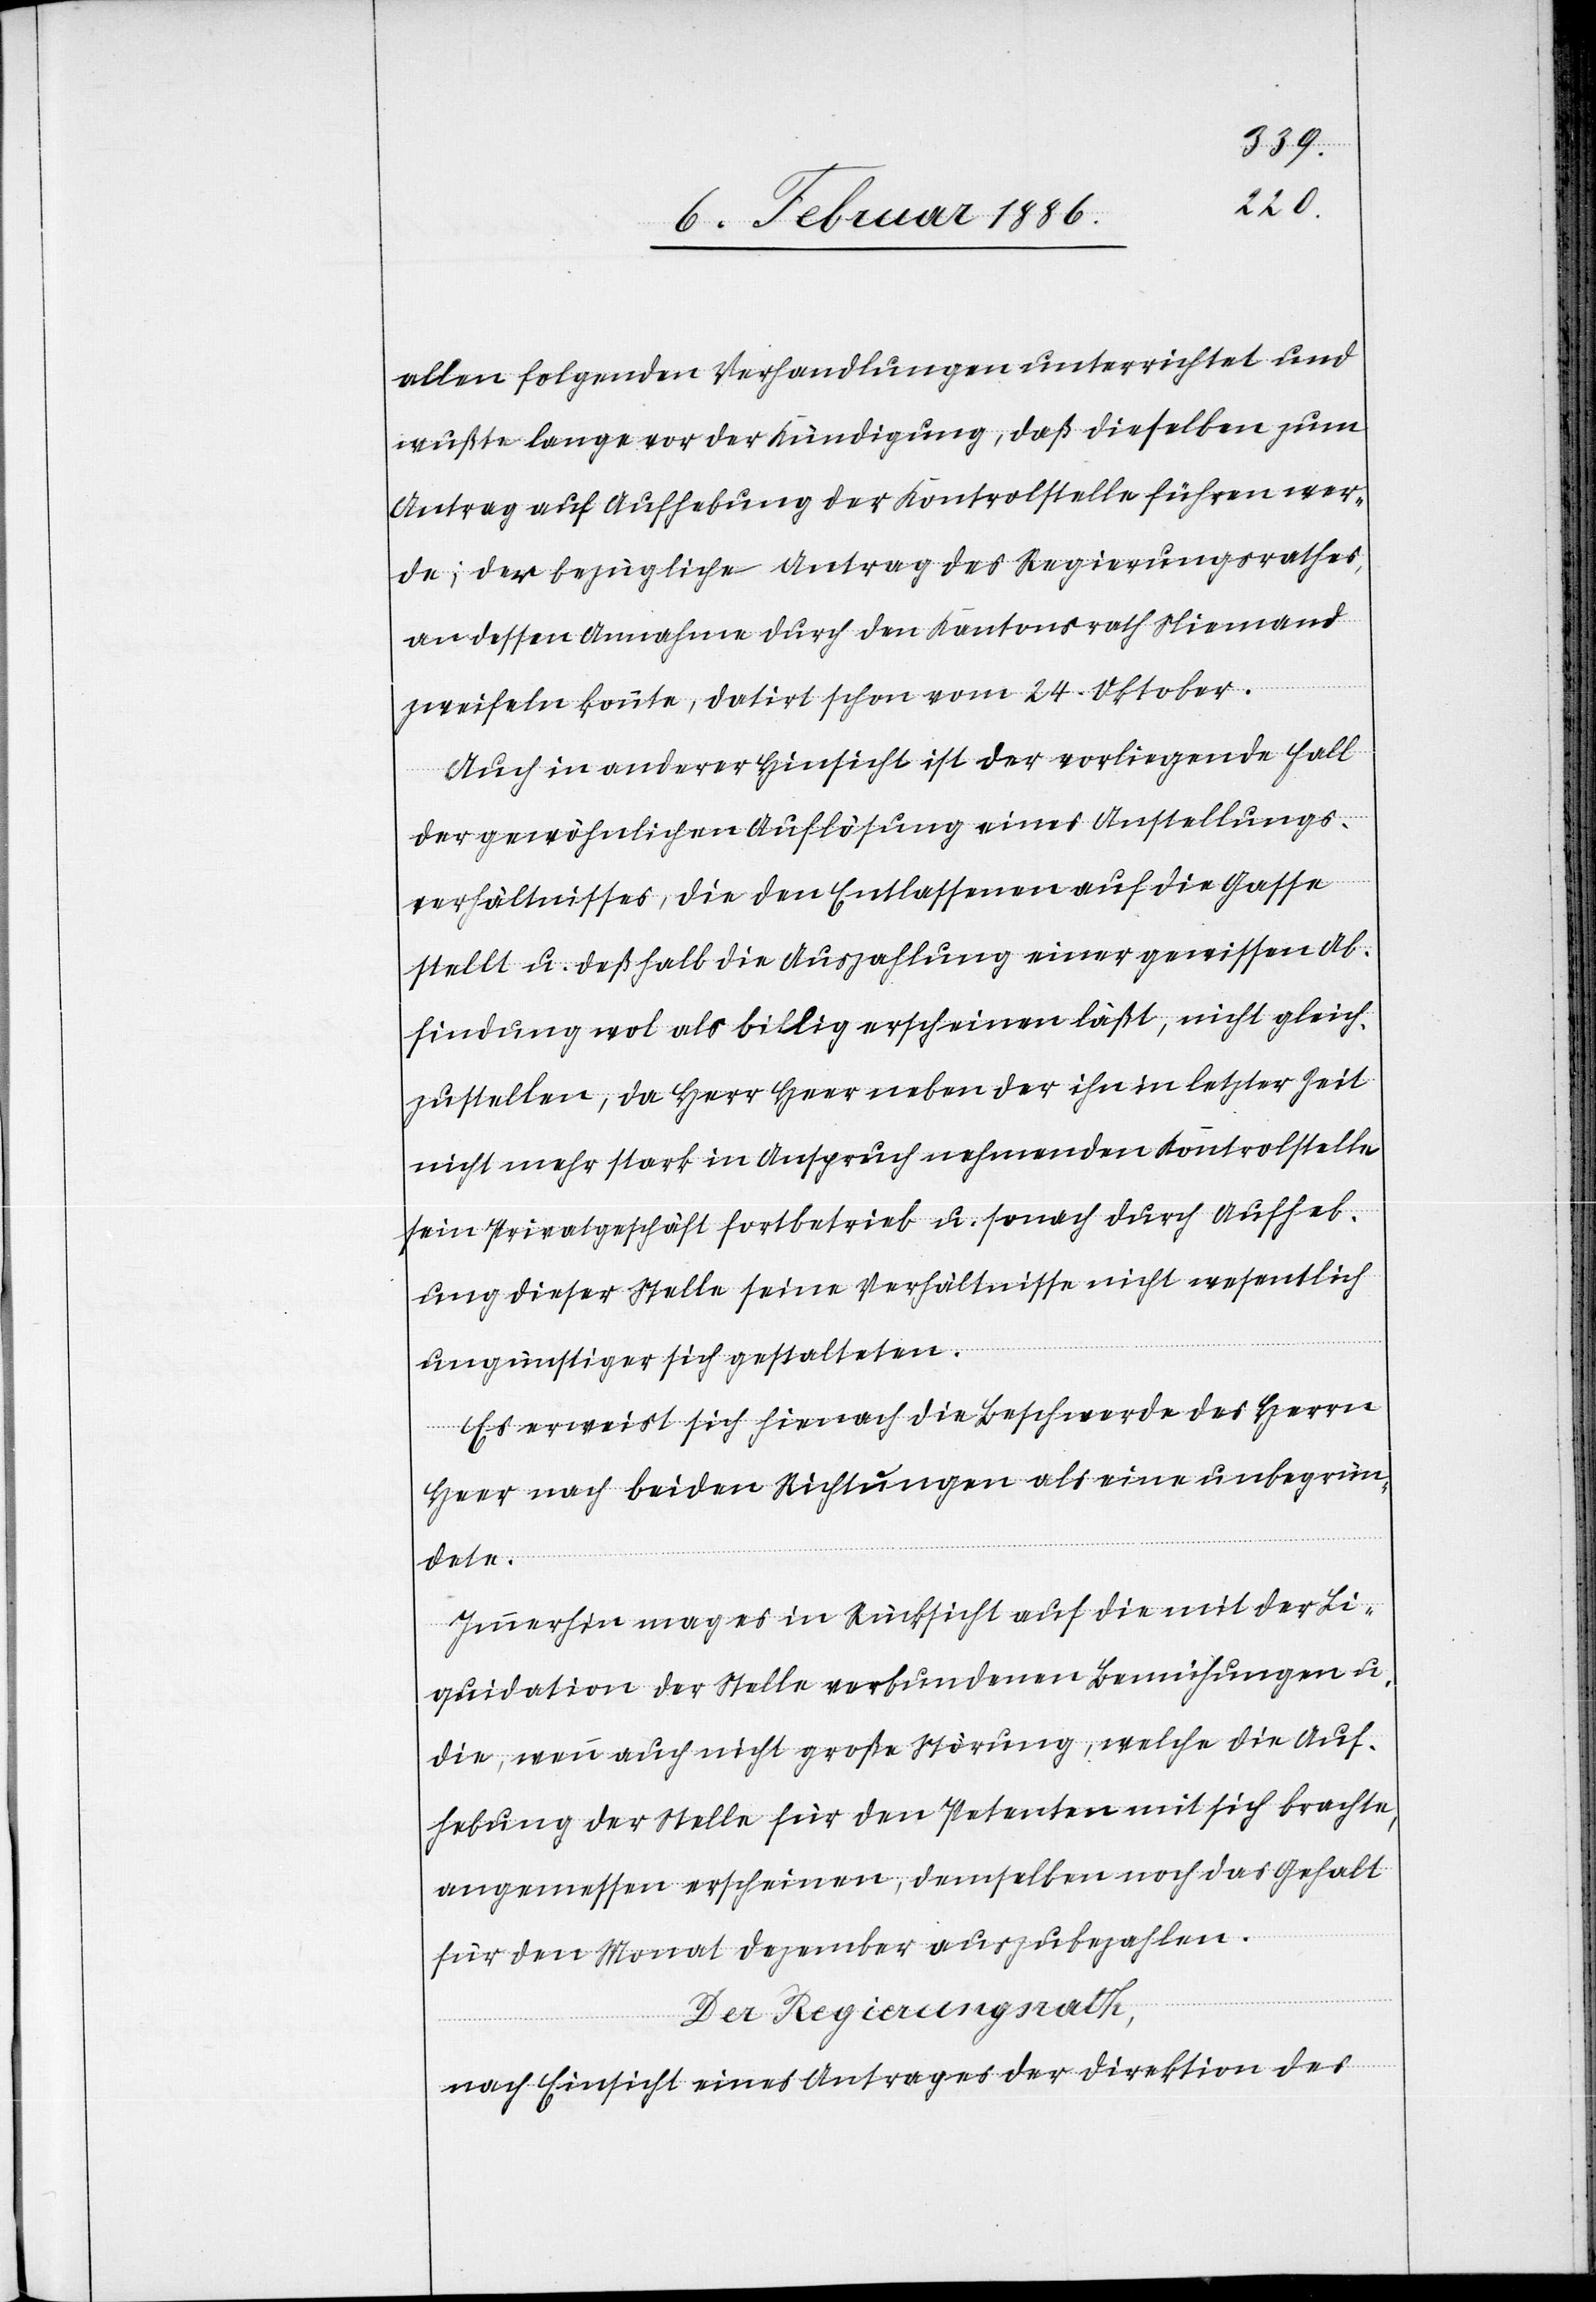
allen folgenden Verhandlungen unterrichtet und
wußte lange vor der Kündigung, daß dieselbe zum
Antrag auf Aufhebung der Kontrolstelle führen wer¬
de; der bezügliche Antrag des Regierungsrathes,
an dessen Annahme durch den Kantonsrath Niemand
zweifeln konnte, datirt schon vom 24. Oktober.
Auch in anderer Hinsicht ist der vorliegende Fall
der gewöhnlichen Auflösung eines Anstellungs¬
verhältnisses, die den Entlassenen auf die Gasse
stellt u. deßhalb die Auszahlung einer gewissen Ab¬
findung wol als billig erscheinen läßt, nicht gleich¬
zustellen, da Heer neben der ihn in letzter Zeit
nicht mehr stark in Anspruch nehmenden Kontrollstelle
sein Privatgeschäft fortbetrieb u. sonach durch Aufheb¬
ung dieser Stelle seine Verhältnisse nicht wesentlich
ungünstiger sich gestalteten.
Es erweist sich hienach die Beschwerde des Herrn
Heer nach beiden Richtungen als eine unbegrün¬
dete.
Immerhin mag es in Rücksicht auf die mit der Li¬
quidation der Stelle verbundenen Bemühungen u.
die, wenn auch nicht große Störung, welche die Auf¬
hebung der Stelle für den Petenten mit sich brachte,
angemessen erscheinen, demselben noch das Gehalt
für den Monat Dezember auszubezahlen.
Der Regierungsrath,
nach Einsicht eines Antrages der Direktion des